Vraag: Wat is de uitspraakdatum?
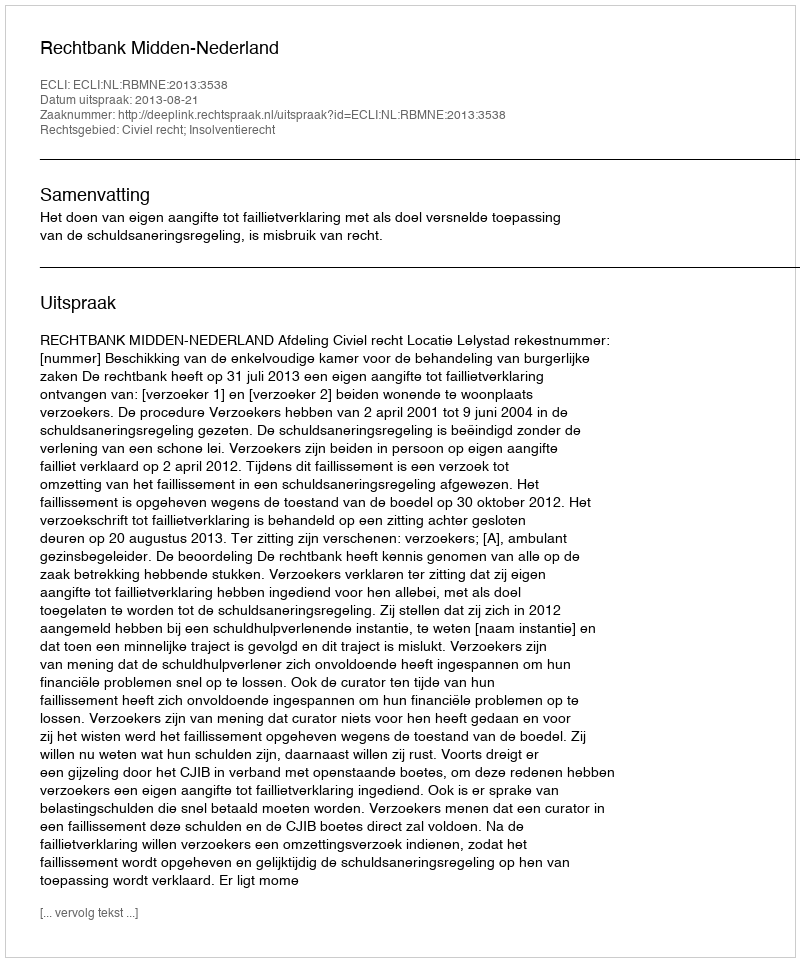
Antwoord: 2013-08-21